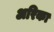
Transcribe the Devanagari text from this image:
अरिका